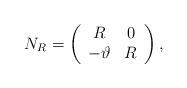
LaTeX: \begin{align*}N_R=\left(\begin{array}{cc} R & 0\\-{\vartheta} & R\end{array}\right),\end{align*}